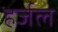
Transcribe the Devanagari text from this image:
हर्जल